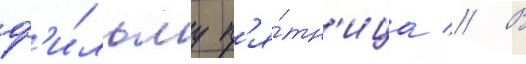
ф'и́льму п'я́тн'ица // В